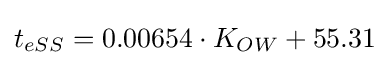
t_{eSS}=0.00654\cdot K_{OW}+55.31